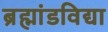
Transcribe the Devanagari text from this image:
ब्रह्मांडविद्या